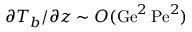
\partial T _ { b } / \partial z \sim { \cal O } ( \mathrm { G e } ^ { 2 } \, \mathrm { P e } ^ { 2 } )